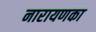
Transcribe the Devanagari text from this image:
नारायणका